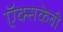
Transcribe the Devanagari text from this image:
ऍक्सकेबी